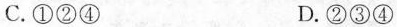
C.①②④ D.②③④